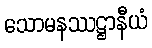
သောမနဿဋ္ဌာနီယံ